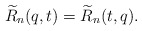
\begin{gather*} {\widetilde{R}}_n(q,t) ={\widetilde{R}}_n(t,q). \end{gather*}